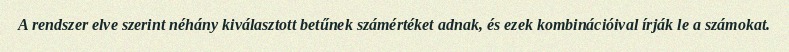
A rendszer elve szerint néhány kiválasztott betűnek számértéket adnak, és ezek kombinációival írják le a számokat.